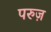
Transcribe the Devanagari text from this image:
परुज़